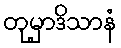
တုမှာဒိသာနံ